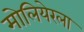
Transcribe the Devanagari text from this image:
मोलियेरला